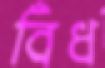
বিঁধ